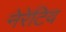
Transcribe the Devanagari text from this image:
नेरेटिव